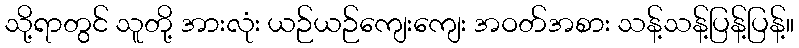
သို့ရာတွင် သူတို့ အားလုံး ယဉ်ယဉ်ကျေးကျေး အဝတ်အစား သန့်သန့်ပြန့်ပြန့်။